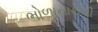
ભોળાનાથની